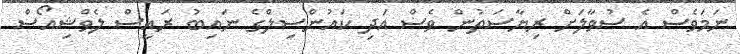
ނަމަވެސް އެ ސުވާލަށް ރިޔާސަތުން ވެސް އަދި ކައުންސިލްގެ ނައިބު ރައީސް ލެވްޝިއޯސް